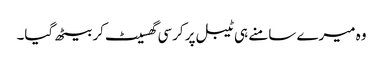
وہ میرے سامنے ہی ٹیبل پر کرسی گھسیٹ کر بیٹھ گیا۔